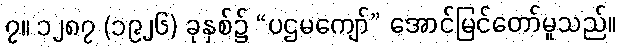
၇။ ၁၂၈၇ (၁၉၂၆) ခုနှစ်၌ “ပဌမကျော်” အောင်မြင်တော်မူသည်။